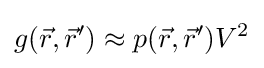
g({\vec {r}},{\vec {r}}')\approx p({\vec {r}},{\vec {r}}')V^{2}